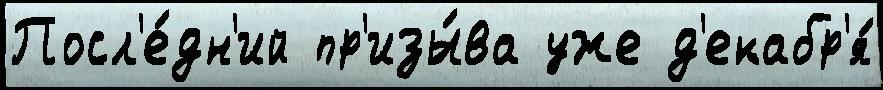
Посл'е́дн'ий пр'изы́ва уже д'екабр'я́